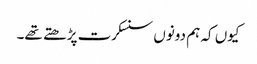
کیوں کہ ہم دونوں سنسکرت پڑھتے تھے۔